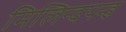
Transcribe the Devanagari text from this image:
मिलिन्दपन्ह